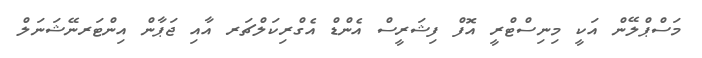
މަސްޕްލޭން އަކީ މިނިސްޓްރީ އޮފް ފިޝަރީސް އެންޑް އެގްރިކަލްޗަރ އާއި ޖަޕާން އިންޓަރނޭޝަނަލް